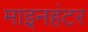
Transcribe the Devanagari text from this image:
माइनहंटर